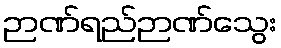
ဉာဏ်ရည်ဉာဏ်သွေး